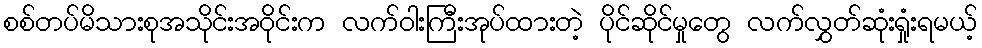
စစ်တပ်မိသားစုအသိုင်းအဝိုင်းက လက်ဝါးကြီးအုပ်ထားတဲ့ ပိုင်ဆိုင်မှုတွေ လက်လွှတ်ဆုံးရှုံးရမယ့်